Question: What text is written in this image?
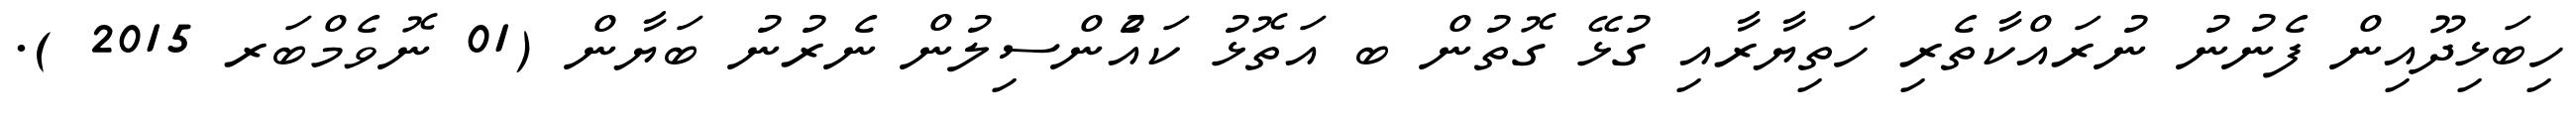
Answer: ހިބަޅިދޫއިން ފެނުނު ނުރައްކާތެރި ހަތިޔާރާއި ގުޅޭ ގޮތުން ބ އަތޮޅު ކައެުންސިލުން ނެރުނު ބަޔާން (01 ނޮވެމްބަރ 2015 ).